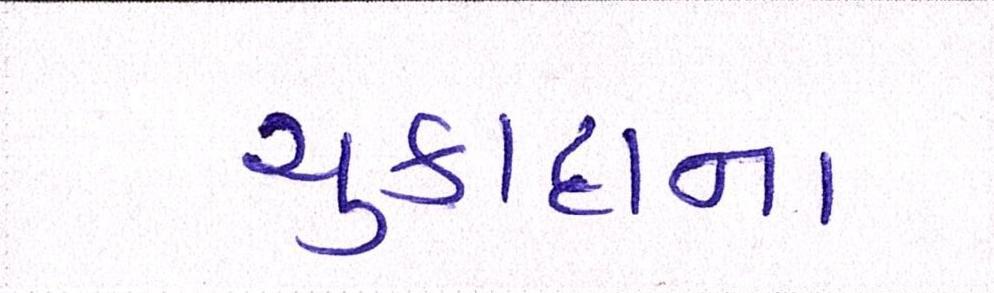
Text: ચુકાદાના